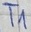
Text: T1